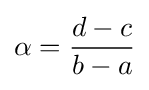
\alpha ={\frac {d-c}{b-a}}